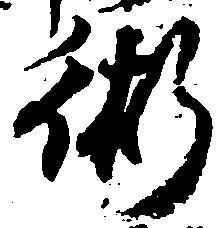
術